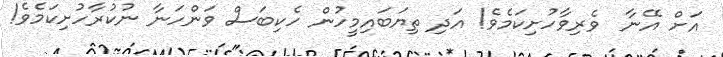
އަށް އޭނާ  ވެރިވާހުށިކަމެވެ! އަދި ތިޔަބައިމީހުން ހެކިބަސް ވަންހަނާ ނުކުރާހުށިކަމެވެ!